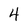
Character: 4